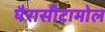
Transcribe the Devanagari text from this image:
पैरासीटामोल